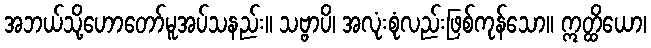
အဘယ်သို့ဟောတော်မူအပ်သနည်း။ သဗ္ဗာပိ၊ အလုံးစုံလည်းဖြစ်ကုန်သော။ ဣတ္ထိယော၊